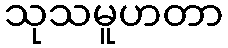
သုသမူဟတာ